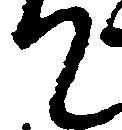
て